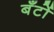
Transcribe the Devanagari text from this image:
बँटों